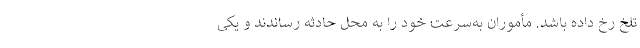
تلخ رخ داده باشد. مأموران به‌سرعت خود را به محل حادثه رساندند و یکی